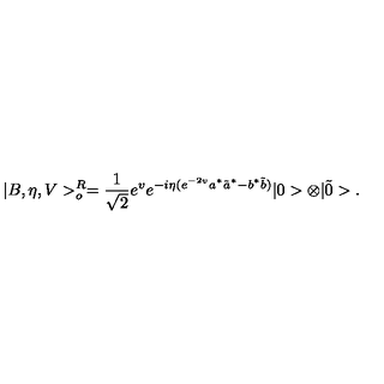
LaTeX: | B , \eta , V > _ { o } ^ { R } = \frac { 1 } { \sqrt { 2 } } e ^ { v } e ^ { - i \eta ( e ^ { - 2 v } a ^ { * } \tilde { a } ^ { * } - b ^ { * } \tilde { b } ) } | 0 > \otimes | \tilde { 0 } > .